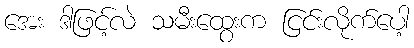
အေး ဒါဖြင့်လဲ သမီးထွေးက ငြင်းလိုက်ပေါ့